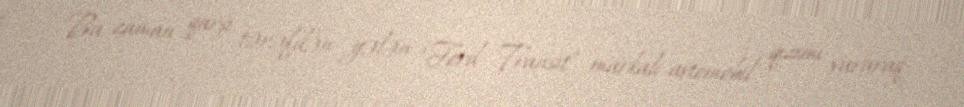
Bu zaman qarşı tərəfdən gələn “Ford Transit” markalı avtomobil qızımı vuraraq